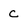
Character: c